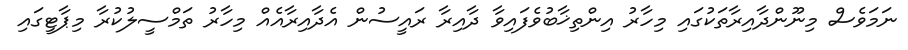
ނަމަވެސް މިނޫންދާއިރާތަކުގައި މިހާރު އިންތިޚާބުވެފައިވާ ދާއިރާ ރައީސުން އެދާއިރާއެއް މިހާރު ތަމްސީލުކުރާ މިޕާޓީގައި